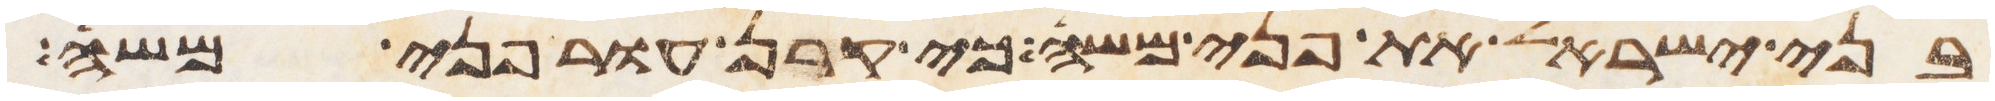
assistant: בני ישראל את פני משה כי קרן עור פני משה